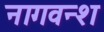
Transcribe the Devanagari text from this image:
नागवन्श